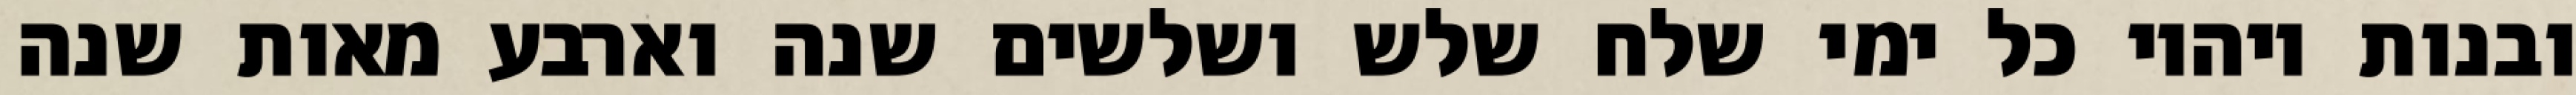
ובנות ויהיו כל ימי שלח שלש ושלשים שנה וארבע מאות שנה